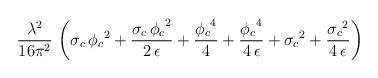
\begin{align*}\frac{{\lambda }^2}{16 \pi^2}\,\left( {{\sigma }_c}\,{{{\phi }_c}}^2 + \frac{{{\sigma }_c}\,{{{\phi }_c}}^2}{2\,\epsilon } + \frac{{{{\phi }_c}}^4}{4} + \frac{{{{\phi }_c}}^4}{4\,\epsilon }+ {{{\sigma }_c}}^2 + \frac{{{{\sigma }_c}}^2}{4\,\epsilon } \right)\end{align*}